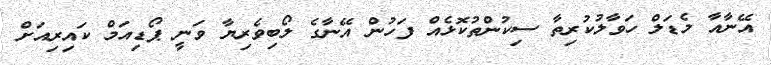
އޭނާއާ މެޑަލް ހަވާލުކުރިތާ ސިކުންތުކޮޅެއް ފަހުން އޭނާގެ ލޯބިވެރިޔާ ވަނީ ޕޯޑިއަމް ކައިރިއަށް